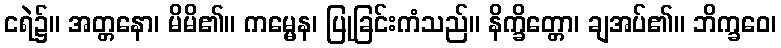
ငရဲ၌။ အတ္တနော၊ မိမိ၏။ ကမ္မေန၊ ပြုခြင်းကံသည်။ နိက္ခိတ္တော၊ ချအပ်၏။ ဘိက္ခဝေ၊